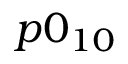
p 0 _ { 1 0 }